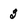
Character: 3